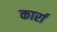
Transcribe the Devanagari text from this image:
कार्रा